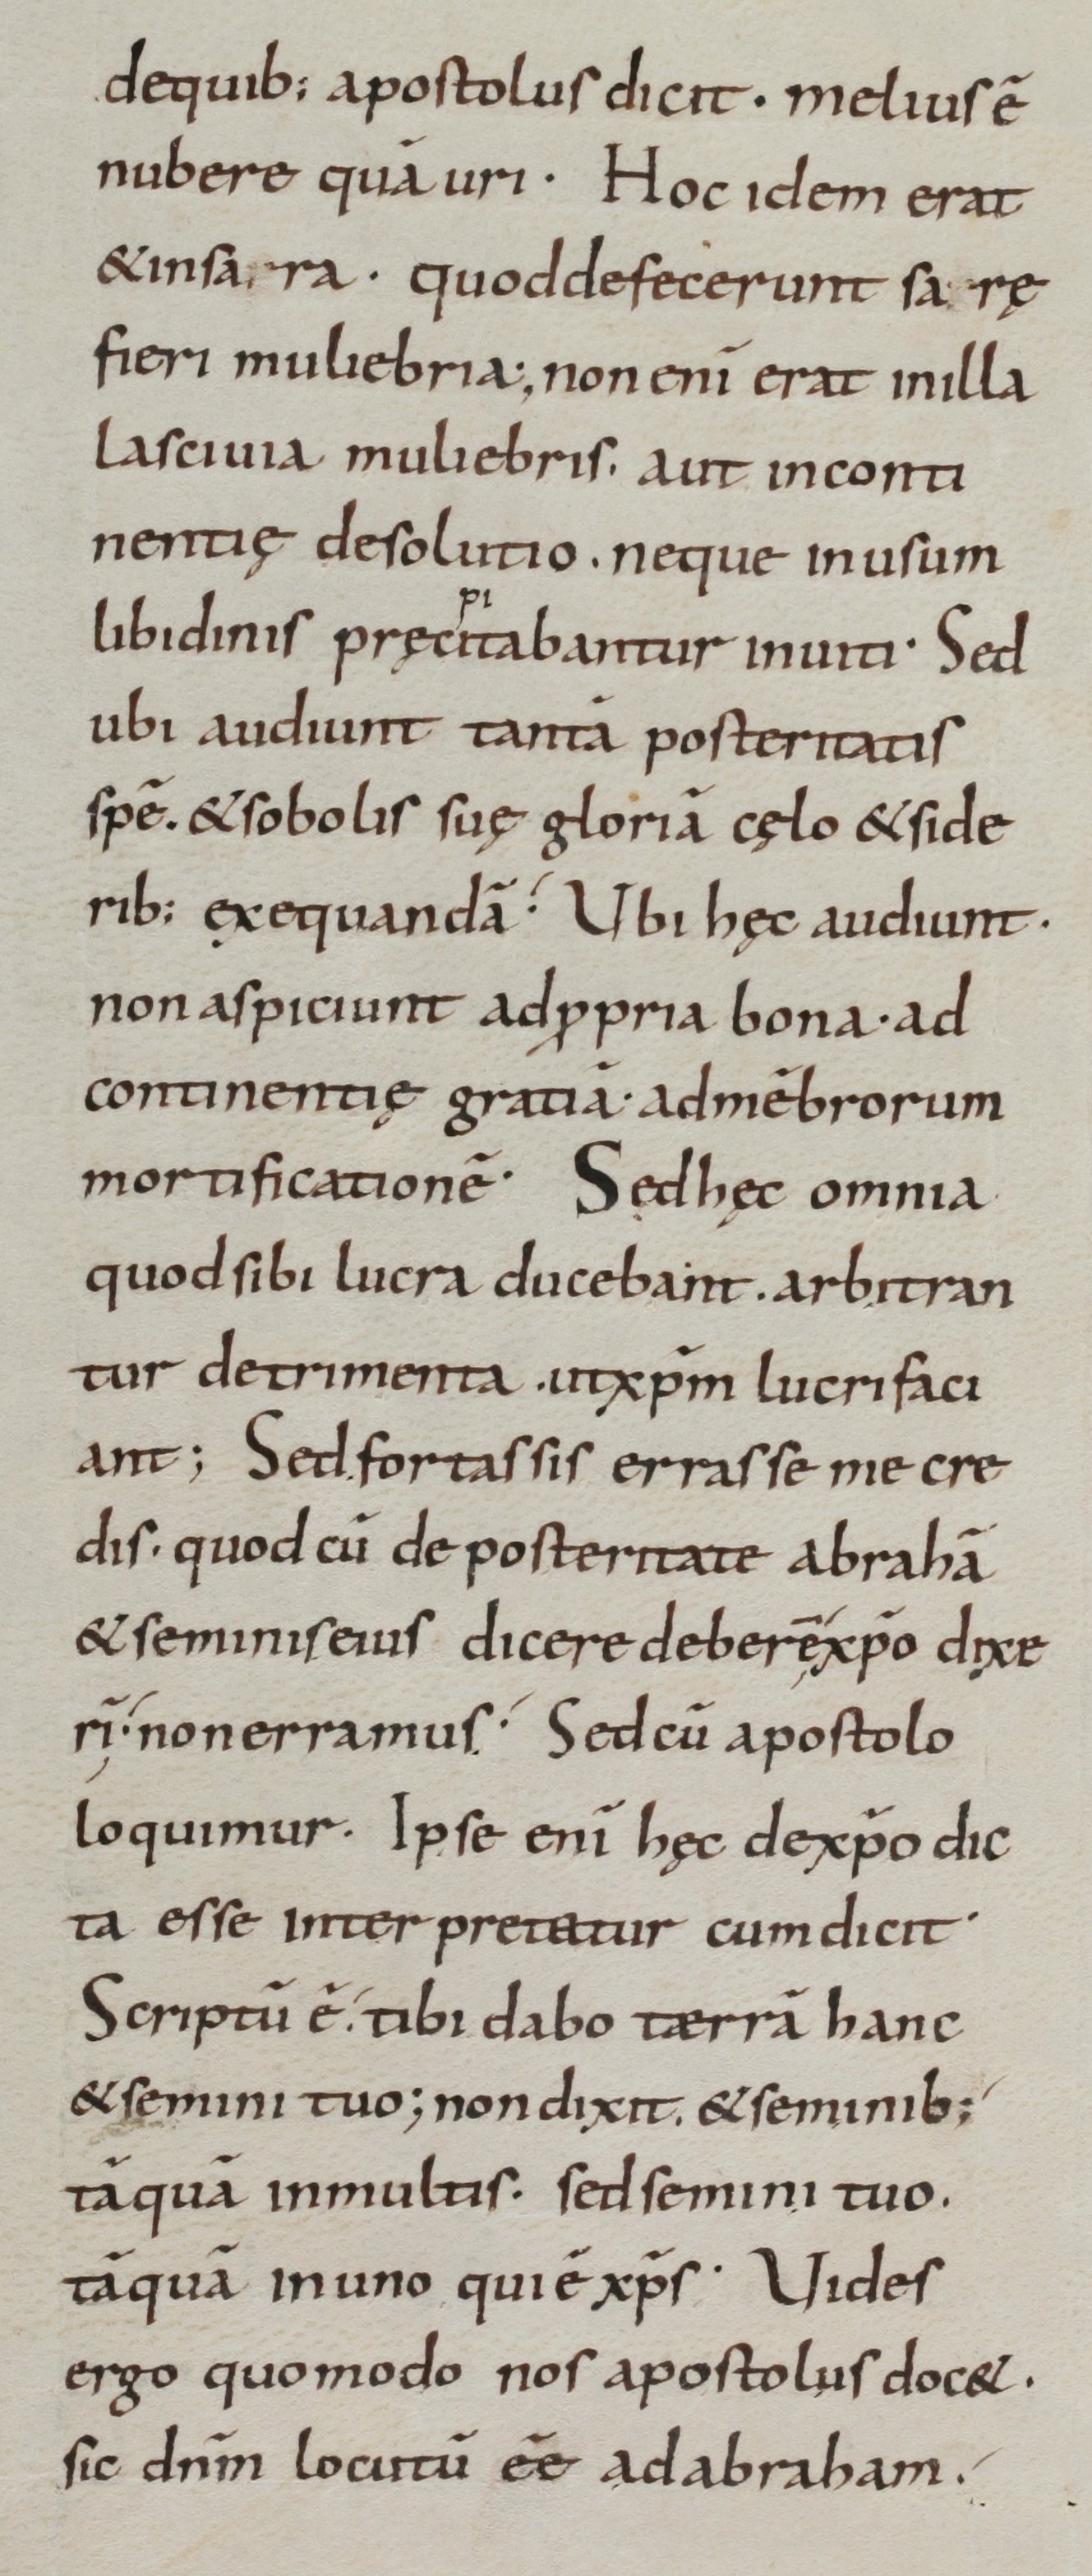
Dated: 800–899